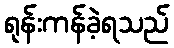
ရုန်းကန်ခဲ့ရသည်